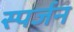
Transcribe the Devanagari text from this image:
स्पर्जन